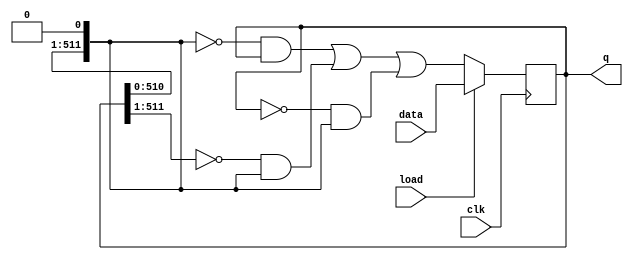
module top_module(
    input clk,
    input load,
    input [511:0] data,
    output [511:0] q
); 
    wire [511:0] left, center, right;
    
    assign left = {1'b0,q[511:1]};
    assign right = {q[510:0],1'b0};
    assign center = q;
    
    always @(posedge clk) begin
        if (load)
           	q <= data;
        else
            q <= (~right & center) | (~left & right) | (~center & right);
    end
    
endmodule